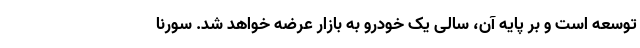
توسعه است و بر پایه آن، سالی یک خودرو به بازار عرضه خواهد شد. سورنا